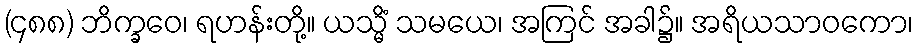
(၄၈၈) ဘိက္ခဝေ၊ ရဟန်းတို့။ ယသ္မိံ သမယေ၊ အကြင် အခါ၌။ အရိယသာဝကော၊